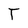
Character: T